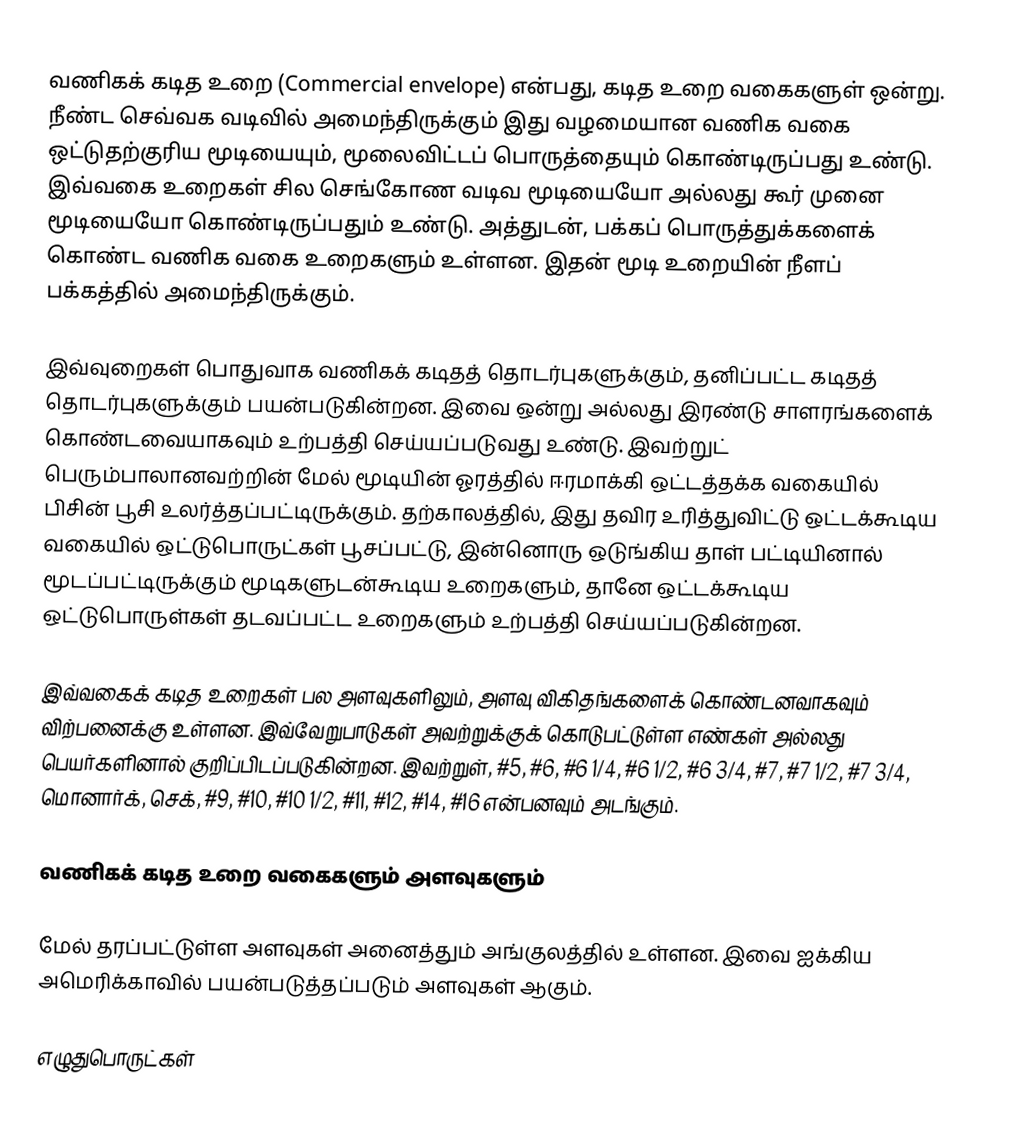
வணிகக் கடித உறை (Commercial envelope) என்பது, கடித உறை வகைகளுள் ஒன்று. நீண்ட செவ்வக வடிவில் அமைந்திருக்கும் இது வழமையான வணிக வகை ஒட்டுதற்குரிய மூடியையும், மூலைவிட்டப் பொருத்தையும் கொண்டிருப்பது உண்டு. இவ்வகை உறைகள் சில செங்கோண வடிவ மூடியையோ அல்லது கூர் முனை மூடியையோ கொண்டிருப்பதும் உண்டு. அத்துடன், பக்கப் பொருத்துக்களைக் கொண்ட வணிக வகை உறைகளும் உள்ளன. இதன் மூடி உறையின் நீளப் பக்கத்தில் அமைந்திருக்கும்.

இவ்வுறைகள் பொதுவாக வணிகக் கடிதத் தொடர்புகளுக்கும், தனிப்பட்ட கடிதத் தொடர்புகளுக்கும் பயன்படுகின்றன. இவை ஒன்று அல்லது இரண்டு சாளரங்களைக் கொண்டவையாகவும் உற்பத்தி செய்யப்படுவது உண்டு. இவற்றுட் பெரும்பாலானவற்றின் மேல் மூடியின் ஓரத்தில் ஈரமாக்கி ஒட்டத்தக்க வகையில் பிசின் பூசி உலர்த்தப்பட்டிருக்கும். தற்காலத்தில், இது தவிர உரித்துவிட்டு ஒட்டக்கூடிய வகையில் ஒட்டுபொருட்கள் பூசப்பட்டு, இன்னொரு ஒடுங்கிய தாள் பட்டியினால் மூடப்பட்டிருக்கும் மூடிகளுடன்கூடிய உறைகளும், தானே ஒட்டக்கூடிய ஒட்டுபொருள்கள் தடவப்பட்ட உறைகளும் உற்பத்தி செய்யப்படுகின்றன.

இவ்வகைக் கடித உறைகள் பல அளவுகளிலும், அளவு விகிதங்களைக் கொண்டனவாகவும் விற்பனைக்கு உள்ளன. இவ்வேறுபாடுகள் அவற்றுக்குக் கொடுபட்டுள்ள எண்கள் அல்லது பெயர்களினால் குறிப்பிடப்படுகின்றன. இவற்றுள், #5, #6, #6 1/4, #6 1/2, #6 3/4, #7, #7 1/2, #7 3/4, மொனார்க், செக், #9, #10, #10 1/2, #11, #12, #14, #16 என்பனவும் அடங்கும்.

வணிகக் கடித உறை வகைகளும் அளவுகளும்

மேல் தரப்பட்டுள்ள அளவுகள் அனைத்தும் அங்குலத்தில் உள்ளன. இவை ஐக்கிய அமெரிக்காவில் பயன்படுத்தப்படும் அளவுகள் ஆகும்.

எழுதுபொருட்கள்